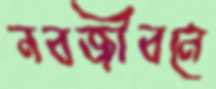
নবজীবনে